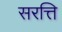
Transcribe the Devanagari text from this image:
सरत्ति